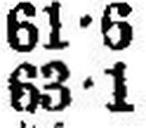
63•1